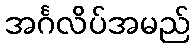
အင်္ဂလိပ်အမည်